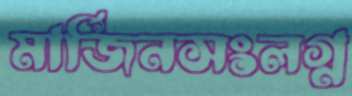
মার্জিনসংলগ্ন